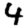
Digit: 4